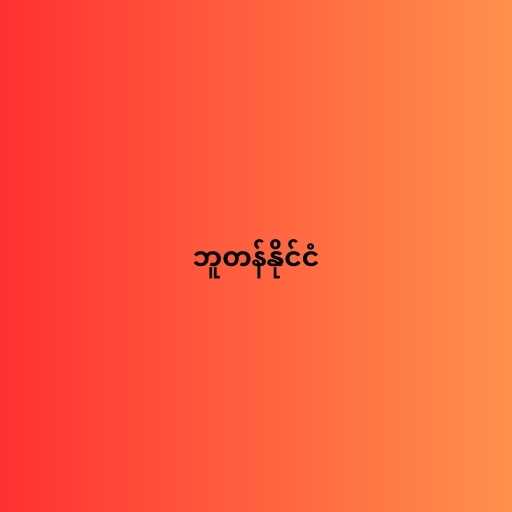
ဘူတန်နိုင်ငံ